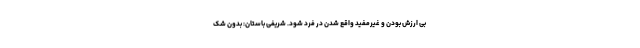
بی ارزش بودن و غیرمفید واقع شدن در فرد شود. شریفی باستان: بدون شک